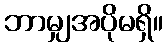
ဘာမျှအပိုမရှိ။